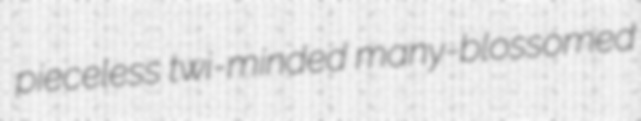
pieceless twi-minded many-blossomed